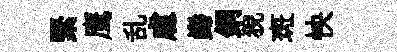
緊鹰乱䖏巋銅猊斑怏